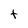
Character: t